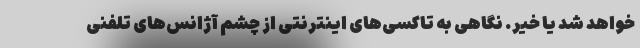
خواهد شد یا خیر. نگاهی به تاکسی‌های اینترنتی از چشم آژانس‌های تلفنی